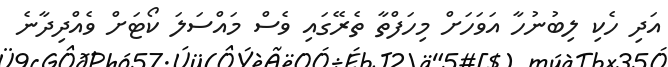
އަދި ހެކި ލިބުނުހާ އަވަހަށް މިހަފްތާ ތެރޭގައި ވެސް މައްސަލަ ކޯޓަށް ވެއްދިދާނެ